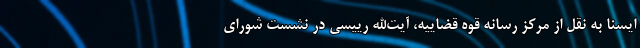
ایسنا به نقل از مرکز رسانه قوه قضاییه، آیت‌الله رییسی در نشست شورای